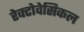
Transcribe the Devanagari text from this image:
रेक्टोवेसिकल